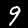
Label: 9